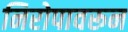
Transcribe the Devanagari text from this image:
निरोपावरून